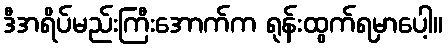
ဒီအရိပ်မည်းကြီးအောက်က ရုန်းထွက်ရမှာပေါ့။